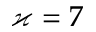
\varkappa = 7